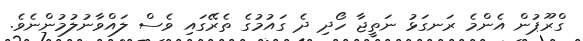
ގްރޫޕުން އެންމެ ރަނގަޅު ނަތީޖާ ހޯދި ދެ ގައުމުގެ ތެރޭގައި ވެސް ލައްވާނުލުމުންނެވެ.